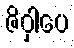
ဇိဝှါပေ